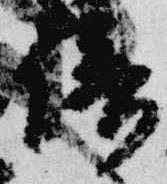
倍